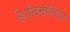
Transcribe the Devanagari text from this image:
है।निमोनिया